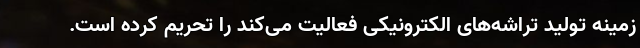
زمینه تولید تراشه‌های الکترونیکی فعالیت می‌کند را تحریم کرده است.